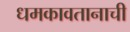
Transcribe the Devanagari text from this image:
धमकावतानाची